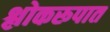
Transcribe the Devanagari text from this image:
श्लोकरूपात